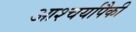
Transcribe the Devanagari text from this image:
आश्चर्यापैकी